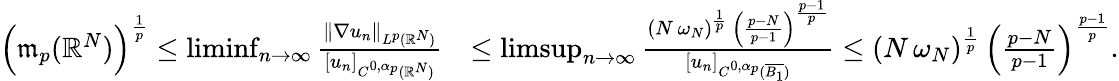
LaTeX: \begin{array}{rl}{\Big(\mathfrak{m}_{p}(\mathbb{R}^{N})\Big)^{\frac{1}{p}}\le\operatorname*{liminf}_{n\to\infty}\frac{\| \nabla u_{n}\| _{L^{p}(\mathbb{R}^{N})}}{[u_{n}]_{C^{0,\alpha_{p}}(\mathbb{R}^{N})}}}&{\le\operatorname*{limsup}_{n\to\infty}\frac{(N\, \omega_{N})^{\frac{1}{p}}\, \left(\frac{p-N}{p-1}\right)^{\frac{p-1}{p}}}{[u_{n}]_{C^{0,\alpha_{p}}(\overline{{B_{1}}})}}\le(N\, \omega_{N})^{\frac{1}{p}}\, \left(\frac{p-N}{p-1}\right)^{\frac{p-1}{p}}.}\end{array}